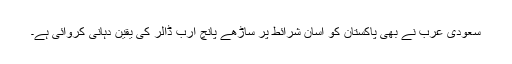
سعودی عرب نے بھی پاکستان کو آسان شرائط پر ساڑھے پانچ ارب ڈالر کی یقین دہانی کروائی ہے۔